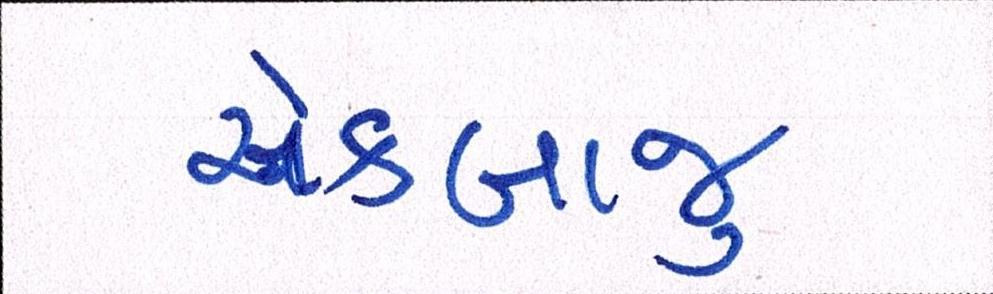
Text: એકબાજુ